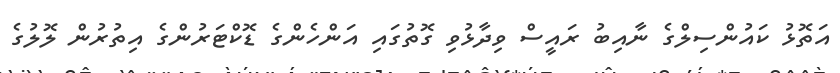
އަތޮޅު ކައުންސިލްގެ ނާއިބު ރައީސް ވިދާޅުވި ގޮތުގައި އަންހެންގެ ޑޮކްޓަރުންގެ އިތުރުން ލޮލުގެ